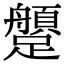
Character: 𨇐